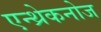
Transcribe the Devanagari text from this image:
एन्थ्रेकनोज